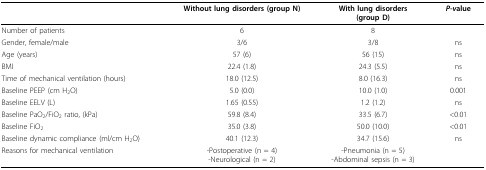
<table><thead><tr><td>[EMPTY_CELL]</td><td><b>Without lung disorders (group N)</b></td><td><b>With lung disorders(group D)</b></td><td><b><i>P-v</i>alue</b></td></tr></thead><tbody><tr><td>Number of patients</td><td>6</td><td>8</td><td>[EMPTY_CELL]</td></tr><tr><td>Gender, female/male</td><td>3/6</td><td>3/8</td><td>ns</td></tr><tr><td>Age (years)</td><td>57 (6)</td><td>56 (15)</td><td>ns</td></tr><tr><td>BMI</td><td>22.4 (1.8)</td><td>24.3 (5.5)</td><td>ns</td></tr><tr><td>Time of mechanical ventilation (hours)</td><td>18.0 (12.5)</td><td>8.0 (16.3)</td><td>ns</td></tr><tr><td>Baseline PEEP (cm H<sub>2</sub>O)</td><td>5.0 (0.0)</td><td>10.0 (1.0)</td><td>0.001</td></tr><tr><td>Baseline EELV (L)</td><td>1.65 (0.55)</td><td>1.2 (1.2)</td><td>ns</td></tr><tr><td>Baseline PaO<sub>2</sub>/FiO<sub>2 </sub>ratio, (kPa)</td><td>59.8 (8.4)</td><td>33.5 (6.7)</td><td>&lt;0.01</td></tr><tr><td>Baseline FiO<sub>2</sub></td><td>35.0 (3.8)</td><td>50.0 (10.0)</td><td>&lt;0.01</td></tr><tr><td>Baseline dynamic compliance (ml/cm H<sub>2</sub>O)</td><td>40.1 (12.3)</td><td>34.7 (15.6)</td><td>ns</td></tr><tr><td>Reasons for mechanical ventilation</td><td>-Postoperative(n = 4)-Neurological (n = 2)</td><td>-Pneumonia (n = 5)-Abdominal sepsis (n = 3)</td><td>[EMPTY_CELL]</td></tr></tbody></table>